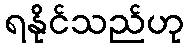
ရနိုင်သည်ဟု